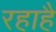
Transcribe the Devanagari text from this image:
रहाहै